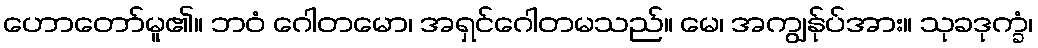
ဟောတော်မူ၏။ ဘဝံ ဂေါတမော၊ အရှင်ဂေါတမသည်။ မေ၊ အကျွန်ုပ်အား။ သုခဒုက္ခံ၊